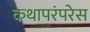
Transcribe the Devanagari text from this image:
कथापरंपरेस